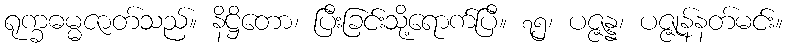
ရုက္ခဓမ္မဇာတ်သည်။ နိဋ္ဌိတော၊ ပြီးခြင်းသို့ရောက်ပြီ။ ၇၅၊ ပဇ္ဇန္န၊ ပဇ္ဇုန်နတ်မင်း။